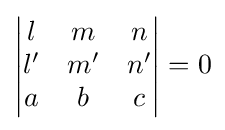
{\begin{vmatrix}l&m&n\\l'&m'&n'\\a&b&c\end{vmatrix}}=0